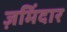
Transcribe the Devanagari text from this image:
ज़मिंदार